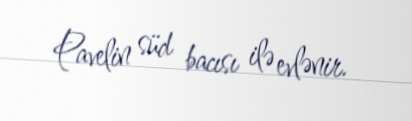
Pavelin süd bacısı ilə evlənir.